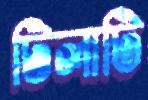
টিলাটি